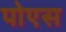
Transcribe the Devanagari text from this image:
पोएस